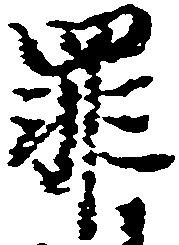
罪